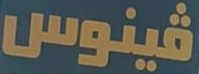
فينوس